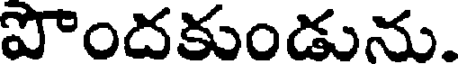
పొందకుండును.